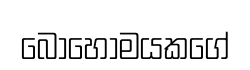
බොහොමයකගේ